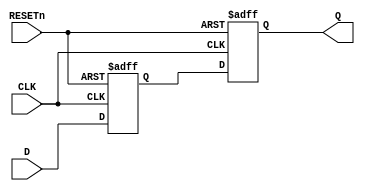
//-----------------------------------------------------------------------------
// Verilog 2001 (IEEE Std 1364-2001)
//-----------------------------------------------------------------------------
// Purpose: Two-Flip Flop Data Synchronizer
//------------------------------------------------------------------------------
//
//------------------------------------------------------------------------------
module AhaDataSync (
  // Inputs
  input   wire  CLK,
  input   wire  RESETn,
  input   wire  D,
  // Outputs
  output  wire  Q
);

  reg sync_q;
  reg sync_qq;
  always @(posedge CLK or negedge RESETn) begin
    if(~RESETn) begin
      sync_q   <= 1'b0;
      sync_qq  <= 1'b0;
    end else begin
      sync_q   <= D;
      sync_qq  <= sync_q;
    end
  end
  assign Q = sync_qq;

endmodule